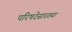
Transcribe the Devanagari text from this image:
परिषदेसारख्या